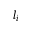
l _ { i }